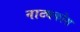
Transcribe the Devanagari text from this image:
नाट्यकोश